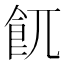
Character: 𩚌